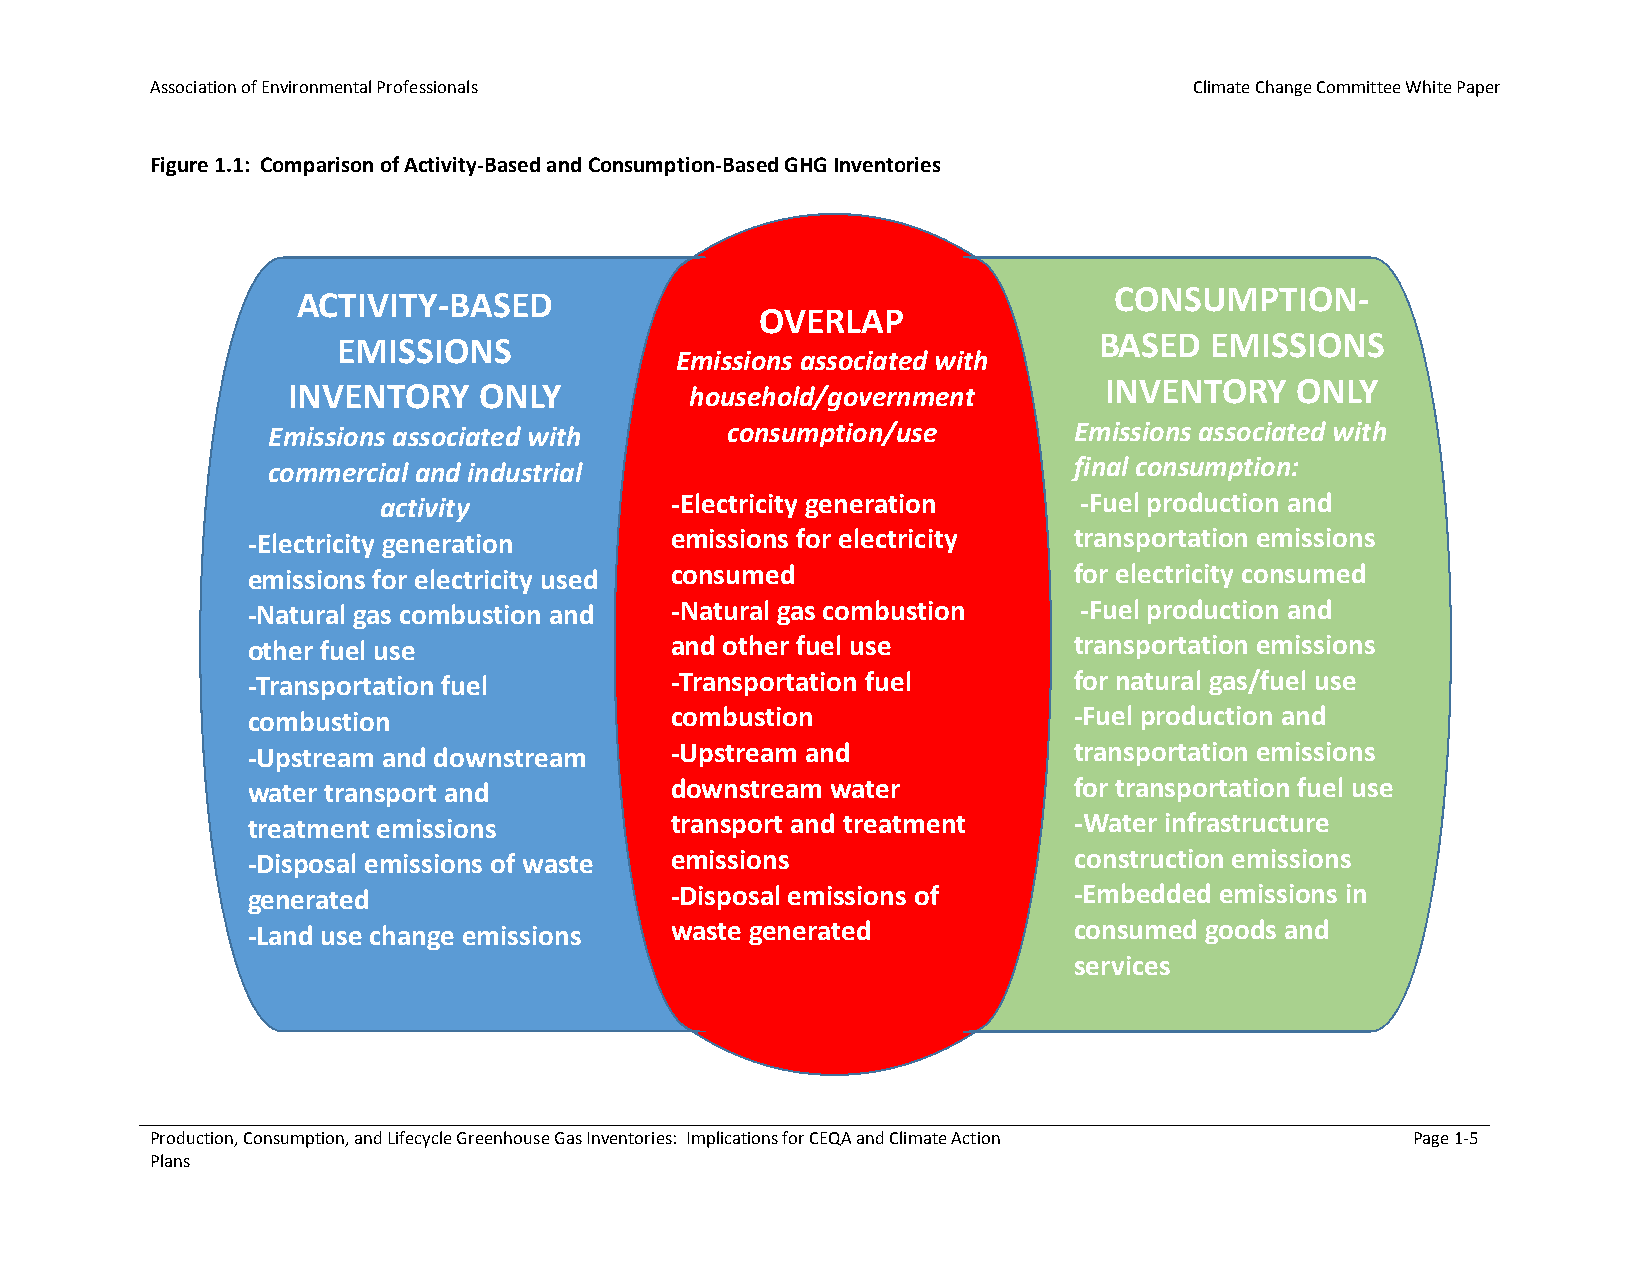
Association of Environmental Professionals                           Climate Change Committee White Paper
 Figure 1.1: Comparison of Activity-Based and Consumption-Based GHG Inventories
 ACTIVITY-BASED                                        CONSUMPTION-
 OVERLAP
 EMISSIONS                                          BASED  EMISSIONS
 Emissions associated with
 INVENTORY    ONLY          household/government       INVENTORY    ONLY
 Emissions associated with     consumption/use        Emissions associated with
 commercial and industrial                            final consumption:
 activity           -Electricity generation     -Fuel production and
 -Electricity generation     emissions for electricity  transportation emissions
 emissions for electricity used consumed                for electricity consumed
 -Natural gas combustion and -Natural gas combustion     -Fuel production and
 other fuel use              and other fuel use         transportation emissions
 -Transportation fuel        -Transportation fuel       for natural gas/fuel use
 combustion                  combustion                 -Fuel production and
 -Upstream and downstream    -Upstream and              transportation emissions
 water transport and         downstream water           for transportation fuel use
 treatment emissions         transport and treatment    -Water infrastructure
 -Disposal emissions of waste emissions                 construction emissions
 generated                   -Disposal emissions of     -Embedded emissions in
 -Land use change emissions  waste generated            consumed goods and
 services
 Production, Consumption, and Lifecycle Greenhouse Gas Inventories: Implications for CEQA and Climate Action Page 1-5
 Plans